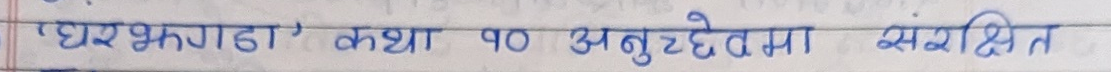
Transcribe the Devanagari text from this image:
'घरभंगडा' कथा ५० अनुच्छेदमा संरक्षित